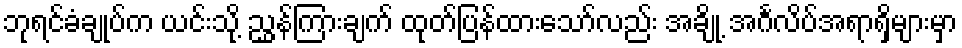
ဘုရင်ခံချုပ်က ယင်းသို့ ညွှန်ကြားချက် ထုတ်ပြန်ထားသော်လည်း အချို့ အင်္ဂလိပ်အရာရှိများမှာ